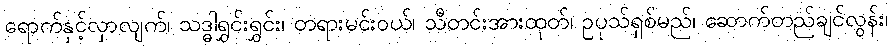
ရောက်နှင့်လှာလျက်၊ သဒ္ဓါရွှင်းရွှင်း၊ တရားမင်းဝယ်၊ သီတင်းအားထုတ်၊ ဥပုသ်ရှစ်မည်၊ ဆောက်တည်ချင်လွန်း၊